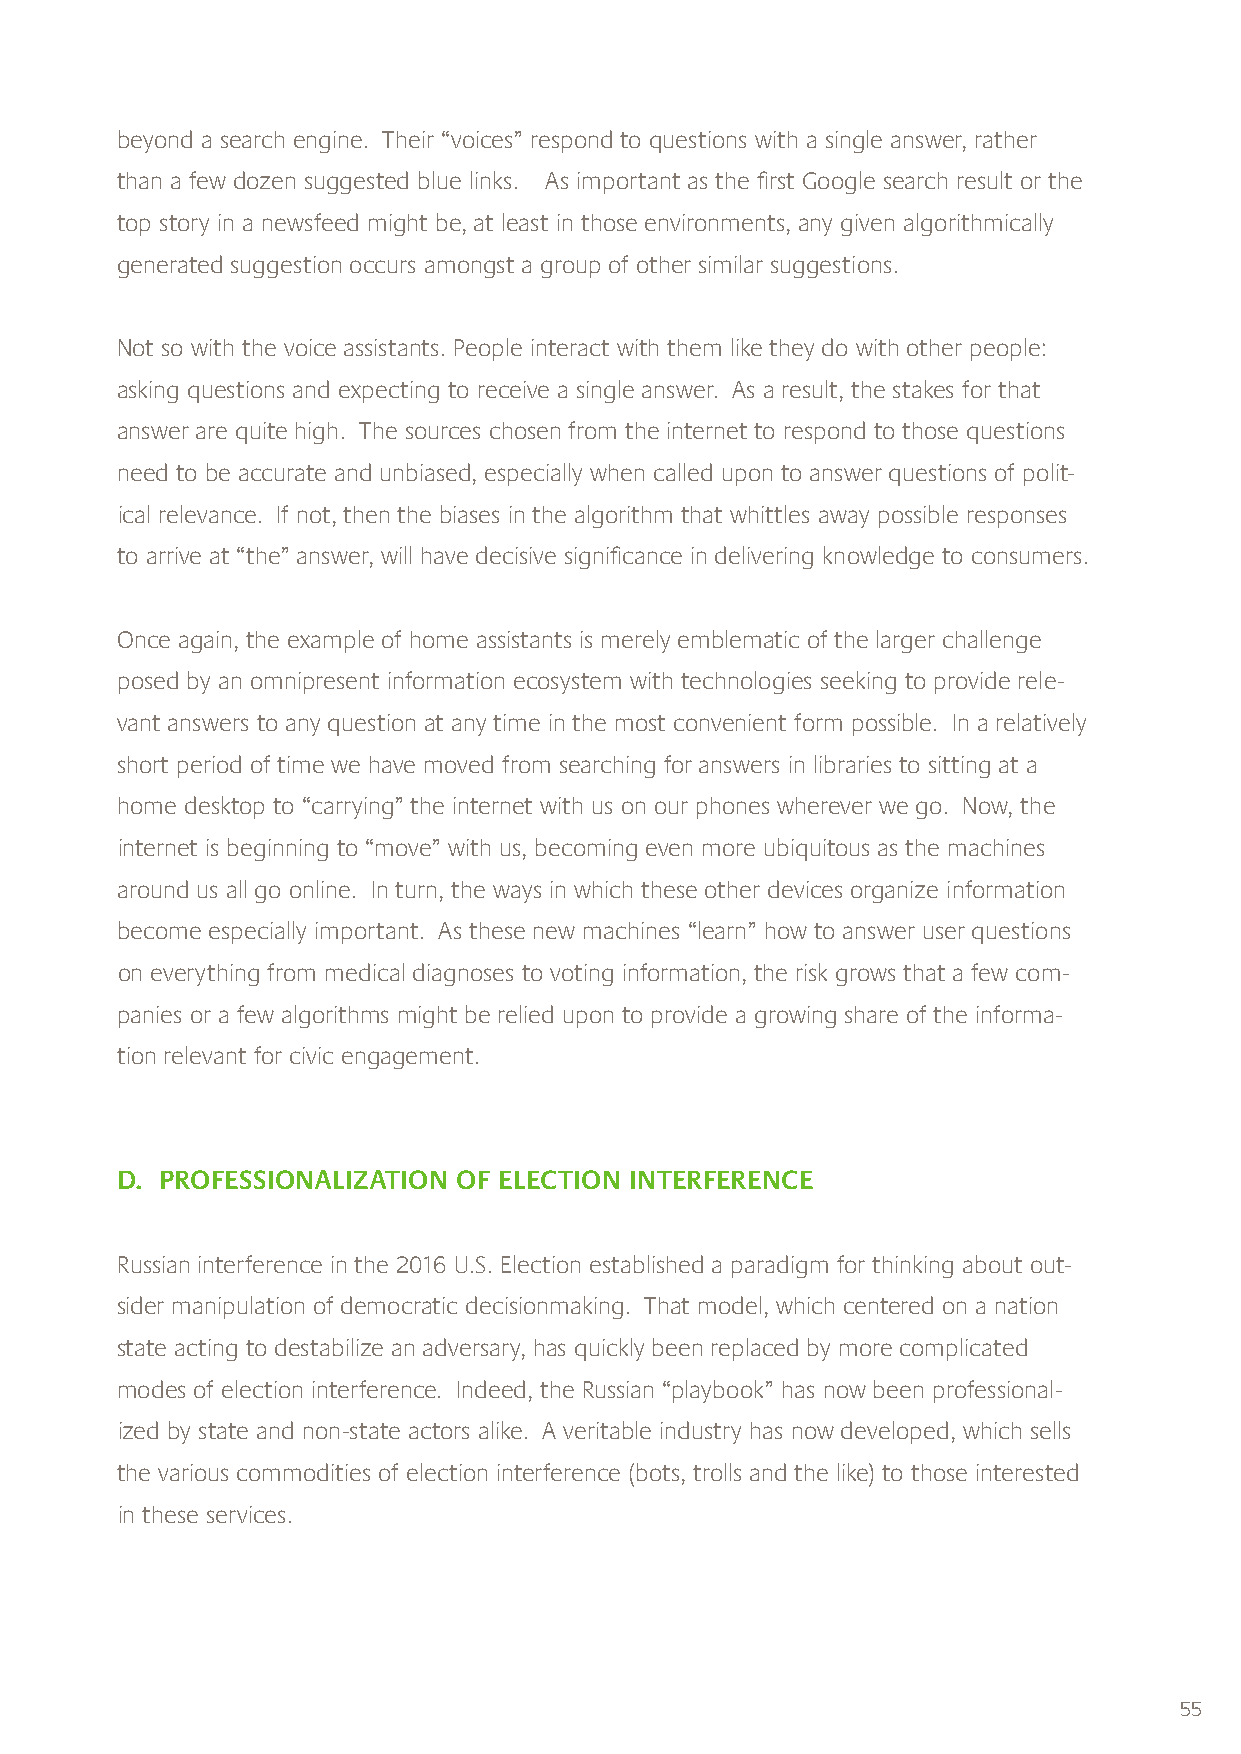
beyond a search engine. Their “voices” respond to questions with a single answer, rather
 than a few dozen suggested blue links. As important as the first Google search result or the
 top story in a newsfeed might be, at least in those environments, any given algorithmically
 generated suggestion occurs amongst a group of other similar suggestions.
 Not so with the voice assistants. People interact with them like they do with other people:
 asking questions and expecting to receive a single answer. As a result, the stakes for that
 answer are quite high. The sources chosen from the internet to respond to those questions
 need to be accurate and unbiased, especially when called upon to answer questions of polit-
 ical relevance. If not, then the biases in the algorithm that whittles away possible responses
 to arrive at “the” answer, will have decisive significance in delivering knowledge to consumers.
 Once again, the example of home assistants is merely emblematic of the larger challenge
 posed by an omnipresent information ecosystem with technologies seeking to provide rele-
 vant answers to any question at any time in the most convenient form possible. In a relatively
 short period of time we have moved from searching for answers in libraries to sitting at a
 home desktop to “carrying” the internet with us on our phones wherever we go. Now, the
 internet is beginning to “move” with us, becoming even more ubiquitous as the machines
 around us all go online. In turn, the ways in which these other devices organize information
 become especially important. As these new machines “learn” how to answer user questions
 on everything from medical diagnoses to voting information, the risk grows that a few com-
 panies or a few algorithms might be relied upon to provide a growing share of the informa-
 tion relevant for civic engagement.
 D. PROFESSIONALIZATION OF ELECTION INTERFERENCE
 Russian interference in the 2016 U.S. Election established a paradigm for thinking about out-
 sider manipulation of democratic decisionmaking. That model, which centered on a nation
 state acting to destabilize an adversary, has quickly been replaced by more complicated
 modes of election interference. Indeed, the Russian “playbook” has now been professional-
 ized by state and non-state actors alike. A veritable industry has now developed, which sells
 the various commodities of election interference (bots, trolls and the like) to those interested
 in these services.
 55